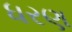
ધરણ